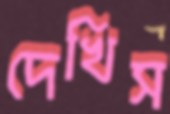
দেখিস